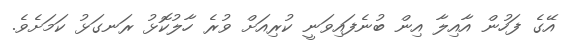
އޭގެ ފަހުން އާއިލާ އިން ބުނެފައިވަނީ ކުރިއަށް ވުރެ ހާލުކޮޅު ރަނގަޅު ކަމަށެވެ.